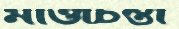
মাওচিন্তা